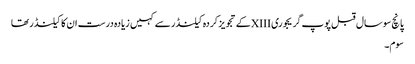
پانچ سو سال قبل پوپ گریجوری XIIIکے تجویز کردہ کیلنڈر سے کہیں زیادہ درست ان کا کیلنڈر تھا
سوم۔